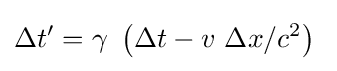
\Delta t'=\gamma \ \left(\Delta t-v\ \Delta x/c^{2}\right)\